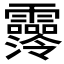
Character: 𩆼